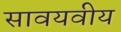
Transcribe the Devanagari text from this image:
सावयवीय